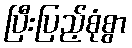
ပြီးပြည့်စုံစွာ